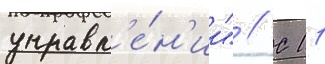
управл'е́н'ии" // С 11